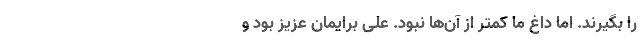
را بگیرند. اما داغ ما کمتر از آن‌ها نبود. علی برایمان عزیز بود و